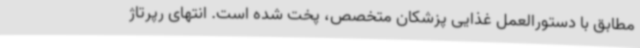
مطابق با دستورالعمل غذایی پزشکان متخصص، پخت شده است. انتهای رپرتاژ